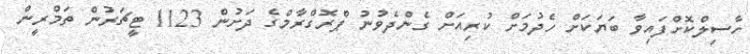
ހާސިލްކޮށްފައިވާ ބަޔަކަށް ހެދުމަށް ކުރިއަށް ގެންދެވުނު ޕްރޮގްރާމްގެ ދަށުން 1123 ޓީޗަރުން ތަމްރީން